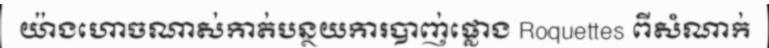
យ៉ាងហោចណាស់កាត់បន្ថយការបាញ់ផ្លោង Roquettes ពីសំណាក់